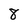
Character: 8